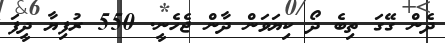
ދެން ގޭގަ ތިބެ ދޯ ކިޔަވަން ދާން ޖެހެނީ. 550 ރުފިޔާ ދީފަ